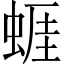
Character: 𧍊